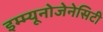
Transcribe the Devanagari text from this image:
इम्म्यूनोजेनेसिटी